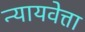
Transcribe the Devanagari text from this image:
न्यायवेत्ता